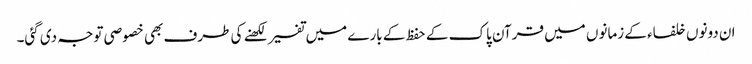
ان دونوں خلفاء کے زمانوں میں قرآن پاک کے حفظ کے بارے میں تفسیر لکھنے کی طرف بھی خصوصی توجہ دی گئی۔